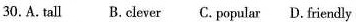
30.A.Tall B. Clever C. Popular D. Friendly